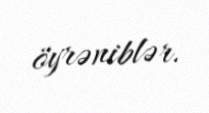
öyrəniblər.